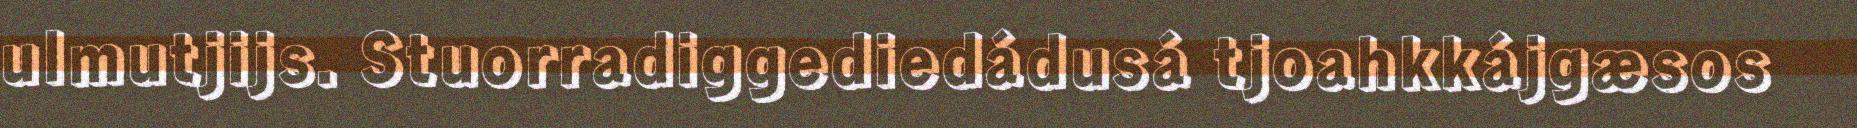
ulmutjijs. Stuorradiggediedádusá tjoahkkájgæsos